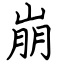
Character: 崩